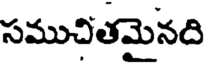
సముచితమైనది